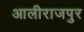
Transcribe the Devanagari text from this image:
आलीराजपुर